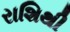
રાશિથી